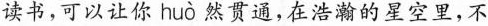
读书，可以让你 hu\grave{o} 然贯通，在浩瀚的星空里，不